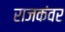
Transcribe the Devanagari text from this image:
राजकंवर